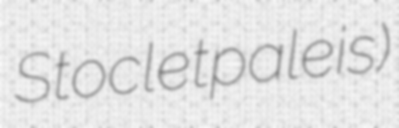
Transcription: Stocletpaleis)